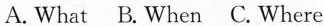
A.What B.When C.Where